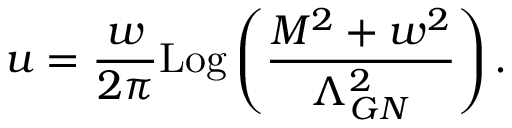
u = \frac { w } { 2 \pi } \mathrm { L o g } \left( \frac { M ^ { 2 } + w ^ { 2 } } { \Lambda _ { G N } ^ { 2 } } \right) .